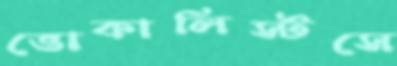
ভোকালিস্টসে